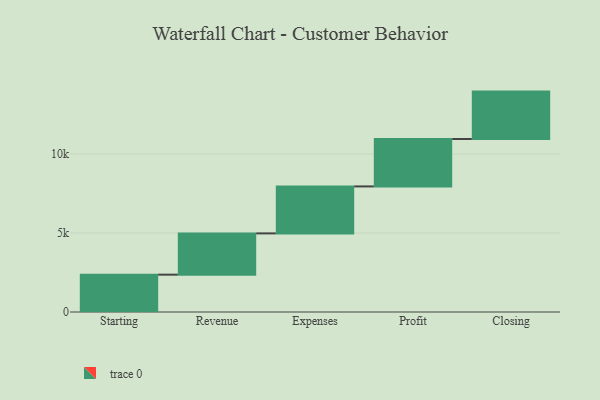
{"axis": {"x": "Step", "y": "Value"}, "legend": [""], "data": [{"x": "Starting", "y": 2362.0, "type": ""}, {"x": "Revenue", "y": 2612.0, "type": ""}, {"x": "Expenses", "y": 2973.0, "type": ""}, {"x": "Profit", "y": 3000, "type": ""}, {"x": "Closing", "y": 3000, "type": ""}]}